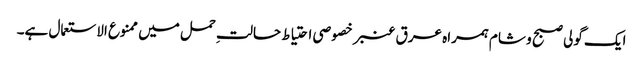
ایک گولی صبح و شام ہمراہ عرق عنبر خصوصی احتیاط حالتِ حمل میں ممنوع الاستعمال ہے۔